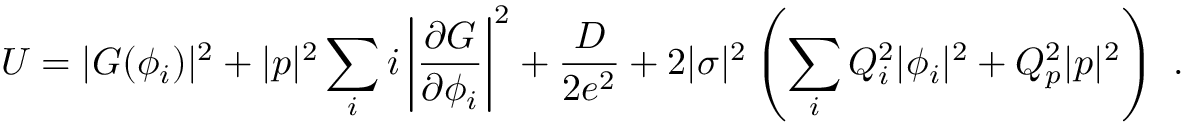
U = | G ( \phi _ { i } ) | ^ { 2 } + | p | ^ { 2 } \sum _ { i } i \left| \frac { \partial G } { \partial \phi _ { i } } \right| ^ { 2 } + \frac { D } { 2 e ^ { 2 } } + 2 | \sigma | ^ { 2 } \left( \sum _ { i } Q _ { i } ^ { 2 } | \phi _ { i } | ^ { 2 } + Q _ { p } ^ { 2 } | p | ^ { 2 } \right) \ .